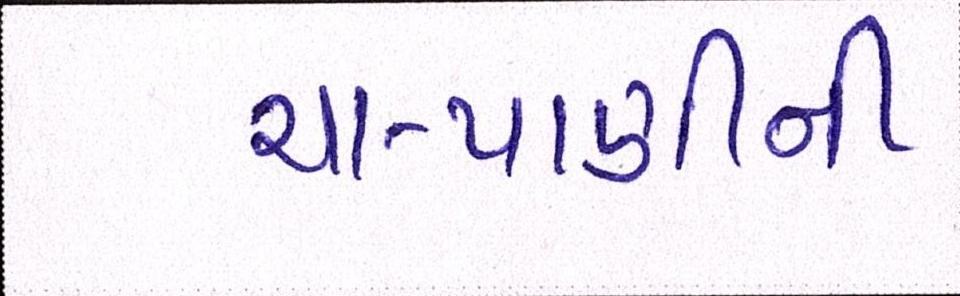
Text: ચા-પાણીની